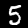
Digit: 5